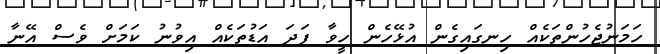
ހަމަނުޖެހުންތަކެއް ހިނގައިގެން އުޅޭހެން ހީވާ ފަދަ އަޑުތަކެއް އިވުނު ކަމަށް ވެސް އޭނާ